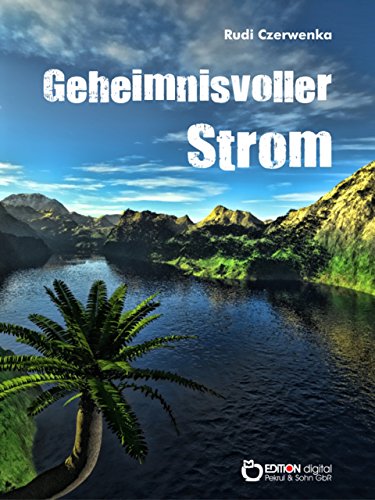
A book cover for Geheimnisvoller Strom (German Edition); Rudi Czerwenka; Teen & Young Adult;